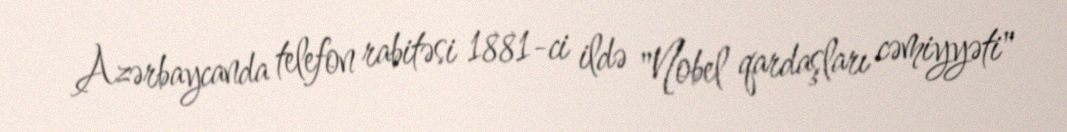
Azərbaycanda telefon rabitəsi 1881-ci ildə "Nobel qardaşları cəmiyyəti"